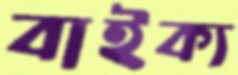
বাইক্য